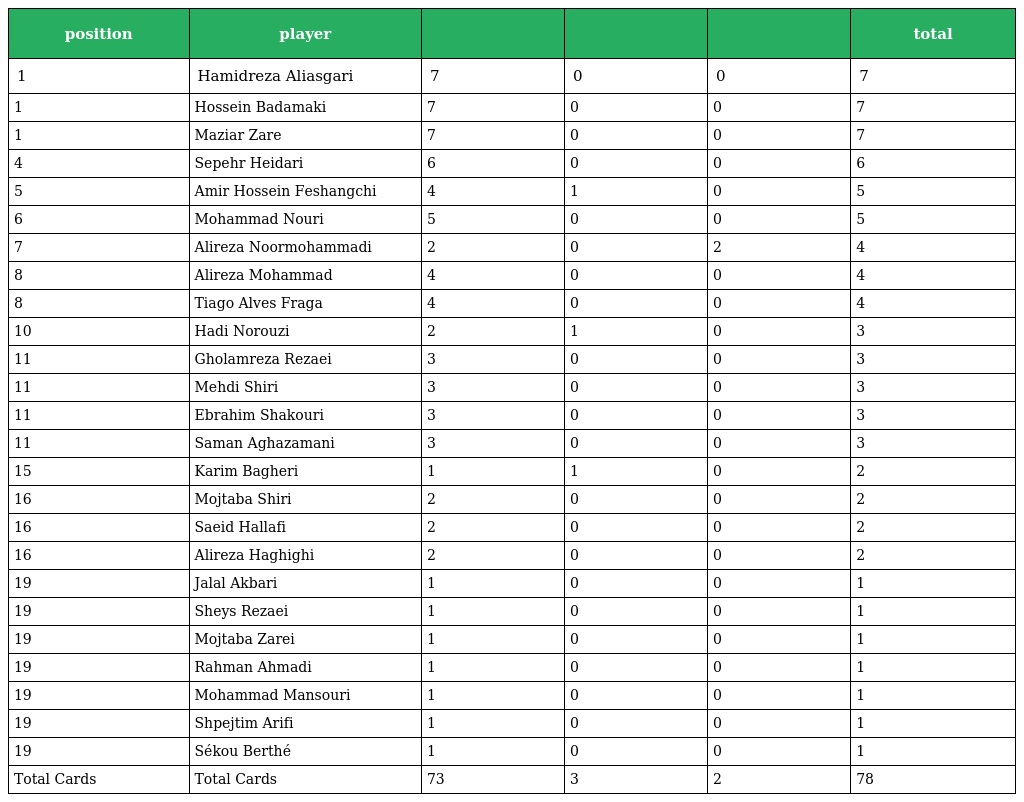
| position | player |  |  |  | total |
 | --- | --- | --- | --- | --- | --- |
 | 1 | Hamidreza Aliasgari | 7 | 0 | 0 | 7 |
 | 1 | Hossein Badamaki | 7 | 0 | 0 | 7 |
 | 1 | Maziar Zare | 7 | 0 | 0 | 7 |
 | 4 | Sepehr Heidari | 6 | 0 | 0 | 6 |
 | 5 | Amir Hossein Feshangchi | 4 | 1 | 0 | 5 |
 | 6 | Mohammad Nouri | 5 | 0 | 0 | 5 |
 | 7 | Alireza Noormohammadi | 2 | 0 | 2 | 4 |
 | 8 | Alireza Mohammad | 4 | 0 | 0 | 4 |
 | 8 | Tiago Alves Fraga | 4 | 0 | 0 | 4 |
 | 10 | Hadi Norouzi | 2 | 1 | 0 | 3 |
 | 11 | Gholamreza Rezaei | 3 | 0 | 0 | 3 |
 | 11 | Mehdi Shiri | 3 | 0 | 0 | 3 |
 | 11 | Ebrahim Shakouri | 3 | 0 | 0 | 3 |
 | 11 | Saman Aghazamani | 3 | 0 | 0 | 3 |
 | 15 | Karim Bagheri | 1 | 1 | 0 | 2 |
 | 16 | Mojtaba Shiri | 2 | 0 | 0 | 2 |
 | 16 | Saeid Hallafi | 2 | 0 | 0 | 2 |
 | 16 | Alireza Haghighi | 2 | 0 | 0 | 2 |
 | 19 | Jalal Akbari | 1 | 0 | 0 | 1 |
 | 19 | Sheys Rezaei | 1 | 0 | 0 | 1 |
 | 19 | Mojtaba Zarei | 1 | 0 | 0 | 1 |
 | 19 | Rahman Ahmadi | 1 | 0 | 0 | 1 |
 | 19 | Mohammad Mansouri | 1 | 0 | 0 | 1 |
 | 19 | Shpejtim Arifi | 1 | 0 | 0 | 1 |
 | 19 | Sékou Berthé | 1 | 0 | 0 | 1 |
 | Total Cards | Total Cards | 73 | 3 | 2 | 78 |